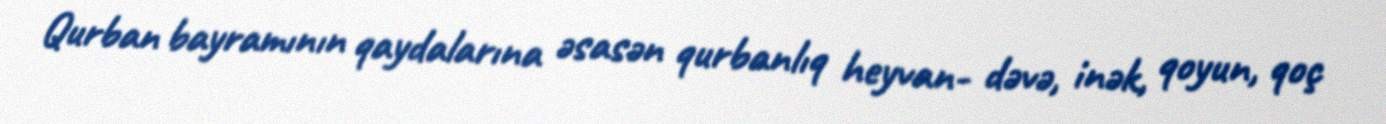
Qurban bayramının qaydalarına əsasən qurbanlıq heyvan- dəvə, inək, qoyun, qoç